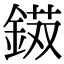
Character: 𨨭